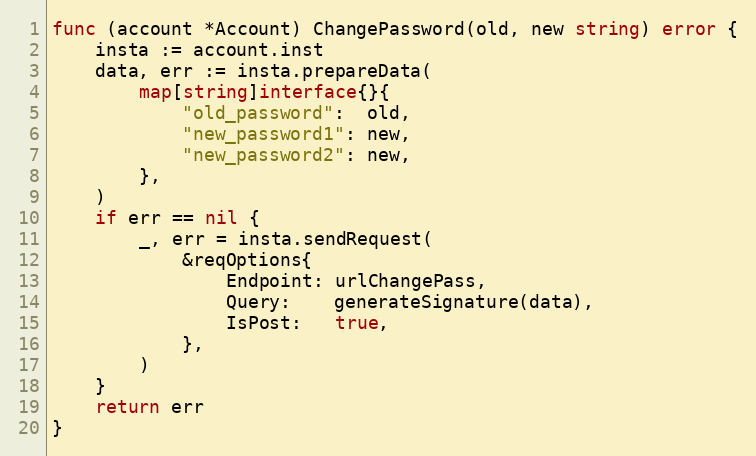
Language: Go
func (account *Account) ChangePassword(old, new string) error {
	insta := account.inst
	data, err := insta.prepareData(
		map[string]interface{}{
			"old_password":  old,
			"new_password1": new,
			"new_password2": new,
		},
	)
	if err == nil {
		_, err = insta.sendRequest(
			&reqOptions{
				Endpoint: urlChangePass,
				Query:    generateSignature(data),
				IsPost:   true,
			},
		)
	}
	return err
}